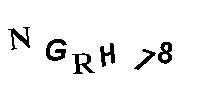
NGRH78